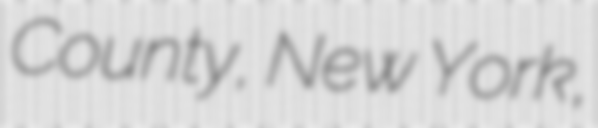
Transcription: County, New York,